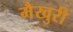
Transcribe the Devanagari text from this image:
मैखुरी